Senior Leaving Certificate Examination (including Day School Certificate (Higher) General paper), 1950
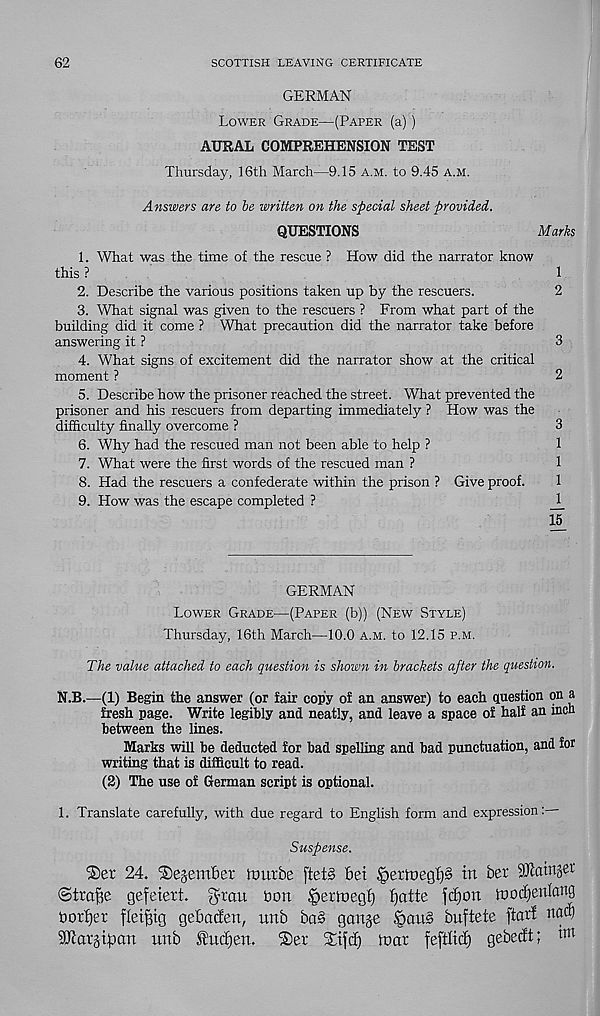
62
SCOTTISH LEAVING CERTIFICATE
GERMAN
Lower Grade—(Paper (a))
AURAL COMPREHENSION TEST
Thursday, 16th March—9.15 a.m. to 9.45 a.m.
Answers are to be written on the special sheet proviied.
QUESTIONS
Marks
1. What was the time of the rescue ? How did the narrator know
this ?
1
2. Describe the various positions taken up by the rescuers.
2
3. What signal was given to the rescuers ? From what part of the
building did it come ? What precaution did the narrator take before
answering it ?
3
4. What signs of excitement did the narrator show at the critical
moment ?
2
5. Describe how the prisoner reached the street. What prevented the
prisoner and his rescuers from departing immediately ? How was the
difficulty finally overcome ?
3
6. Why had the rescued man not been able to help ?
1
7. What were the first words of the rescued man ?
1
8. Had the rescuers a confederate within the prison ? Give proof.
1
9. How was the escape completed ?
J_
15
GERMAN
Lower Grade—(Paper (b)) (New Style)
Thursday, 16th March—10.0 a.m. to 12.15 p.m.
The value attached to each question is shown in brackets after the question.
N.B.—(1) Begin the answer (or fair copy of an answer) to each question on a
fresh page. Write legibly and neatly, and leave a space of half an inch
between the lines.
Marks will be deducted for bad spelling and bad punctuation, and for
writing that is difficult to read.
(2) The use of German script is optional.
1. Translate carefully, with due regard to English form and expression:—
Suspense.
®er 24. ^ejember ftmtbe ftetg bet $QeTtvegf)§> in ber ^aitt^t
(Strafe gefeiert. gamt bon ^ertoegf) Jjatte ftfjon foocfyenlang
border fletfng gebacfen, unb ba§ ganje
buftete ftarf
^argtbcm unb £ud)en. ®er 24jd) tuat fefdtd) gebecft; i m